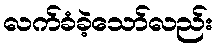
လက်ခံခဲ့သော်လည်း